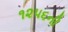
૧૨૫૬ની